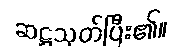
ဆဋ္ဌသုတ်ပြီး၏။